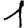
Digit: 1